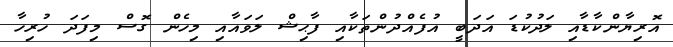
އޮރިޔާންކާޑާއި ލަދުކުޑަ އަދަބީ އުފެއްދުންތަކާއި ފާޙިޝް ލަވައާއި މިހެން ގޮސް މިފަދަ ހުރިހާ